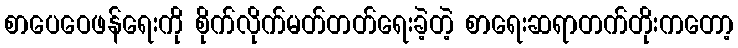
စာပေဝေဖန်ရေးကို စိုက်လိုက်မတ်တတ်ရေးခဲ့တဲ့ စာရေးဆရာတက်တိုးကတော့